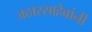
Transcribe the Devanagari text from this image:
जठारसाहेबांनी